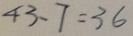
4 3 - 7 = 3 6